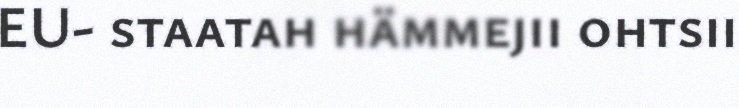
EU- staatah hämmejii ohtsii